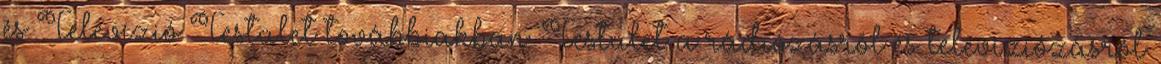
és Televízió Testület továbbiakban: Testület a rádiózásról és televíziózásról